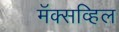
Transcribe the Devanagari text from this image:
मॅक्सव्हिल